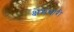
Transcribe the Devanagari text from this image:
क्षेमधारी